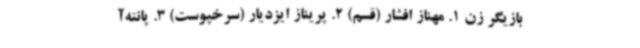
بازیگر زن 1. مهناز افشار (قسم) 2. پریناز ایزدیار (سرخپوست) 3. پانته‌آ